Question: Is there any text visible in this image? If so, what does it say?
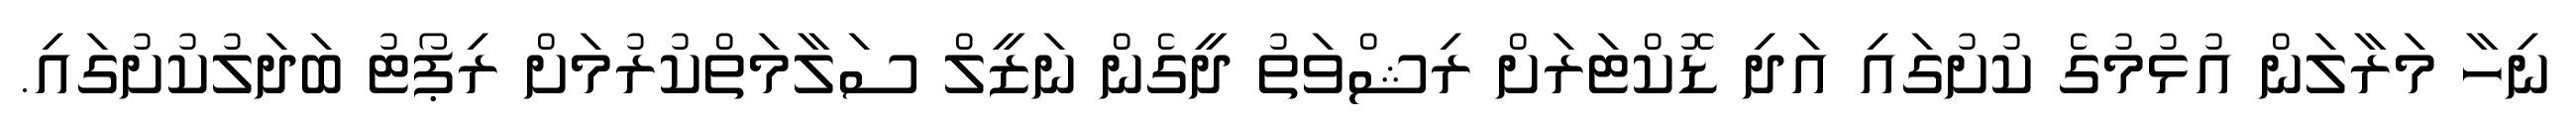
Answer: ނިހާ މަރާލަން އުޅުމުގެ ކުށުގައި އަދި ޑޮކްޓަރަށް ރިޝްވަތު ދީގެން ނަޒީލް ސަލާމަތްކުރުމަށް ރިޕޯޓު ބަދަލުކުށުގައި.